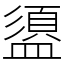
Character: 盨